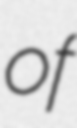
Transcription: of